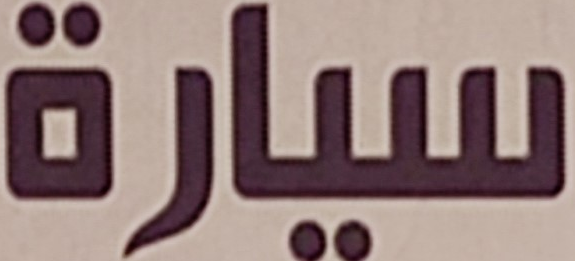
سيارة